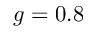
g = 0 . 8